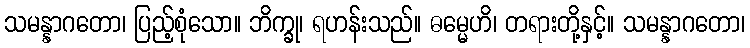
သမန္နာဂတော၊ ပြည့်စုံသော။ ဘိက္ခု၊ ရဟန်းသည်။ ဓမ္မေဟိ၊ တရားတို့နှင့်။ သမန္နာဂတော၊